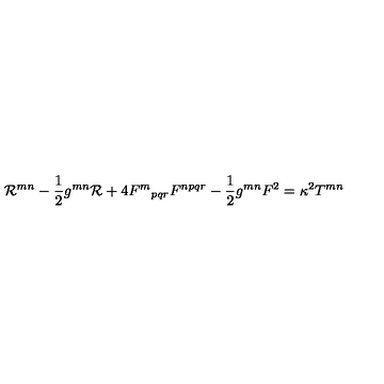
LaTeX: { \cal { R } } ^ { m n } - \frac { 1 } { 2 } g ^ { m n } { \cal { R } } + 4 { F ^ { m } } _ { p q r } F ^ { n p q r } - \frac { 1 } { 2 } g ^ { m n } F ^ { 2 } = \kappa ^ { 2 } T ^ { m n }